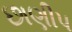
છાણીપ